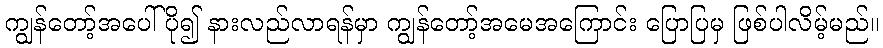
ကျွန်တော့်အပေါ်ပို၍ နားလည်လာရန်မှာ ကျွန်တော့်အမေအကြောင်း ပြောပြမှ ဖြစ်ပါလိမ့်မည်။